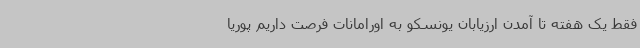
فقط یک هفته تا آمدن ارزیابان یونسکو به اورامانات فرصت داریم پوریا